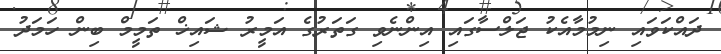
ދައްކަވައި ނިމުމާއެކު ޖަލްސާގައި އިންނެވި ގަތަރުގެ އަމީރު ޝައިޚް ތަމީމް ބިން ހަމަދު